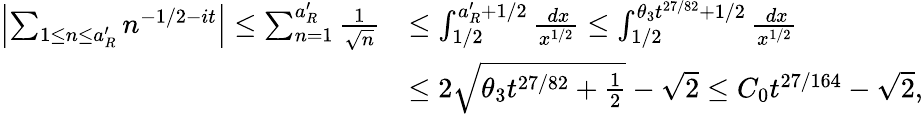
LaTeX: \begin{array}{rl}{\left|\sum_{1\le n\le a_{R}^{\prime}}n^{-1/2-it}\right|\le\sum_{n=1}^{a_{R}^{\prime}}\frac{1}{\sqrt{n}}}&{\le\int_{1/2}^{a_{R}^{\prime}+1/2}\frac{\, dx}{x^{1/2}}\le\int_{1/2}^{\theta_{3}t^{27/82}+1/2}\frac{\, dx}{x^{1/2}}}\\ &{\le 2\sqrt{\theta_{3}t^{27/82}+\frac{1}{2}}-\sqrt{2}\le C_{0}t^{27/164}-\sqrt{2},}\end{array}